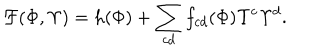
{ \cal F } { ( \Phi , { \Upsilon } ) } = h ( { \Phi } ) + \sum _ { c d } f _ { c d } ( { \Phi } ) { \Upsilon } ^ { c } { \Upsilon } ^ { d } .